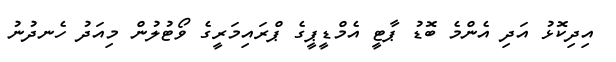
އިދިކޮޅު އަދި އެންމެ ބޮޑު ޕާޓީ އެމްޑީޕީގެ ޕްރައިމަރީގެ ވޯޓުލުން މިއަދު ހެނދުނު